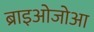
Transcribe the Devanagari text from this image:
ब्राइओजोआ